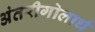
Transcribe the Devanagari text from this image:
अंतरीगोलार्ध